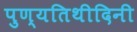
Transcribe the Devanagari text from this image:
पुण्यतिथीदिनी